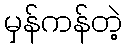
မှန်ကန်တဲ့